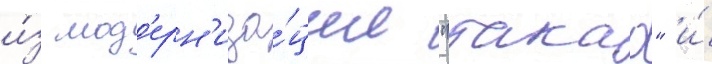
и́з мод'ерн'иза́ции "такао" и́